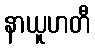
နာယူဟတီ